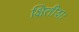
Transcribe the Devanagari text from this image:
क्षितीशः